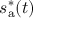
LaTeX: s _ { \mathrm { a } } ^ { * } ( t )